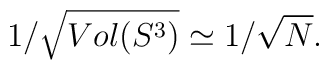
1/\sqrt{Vol(S^3)} \simeq 1/\sqrt{N}.